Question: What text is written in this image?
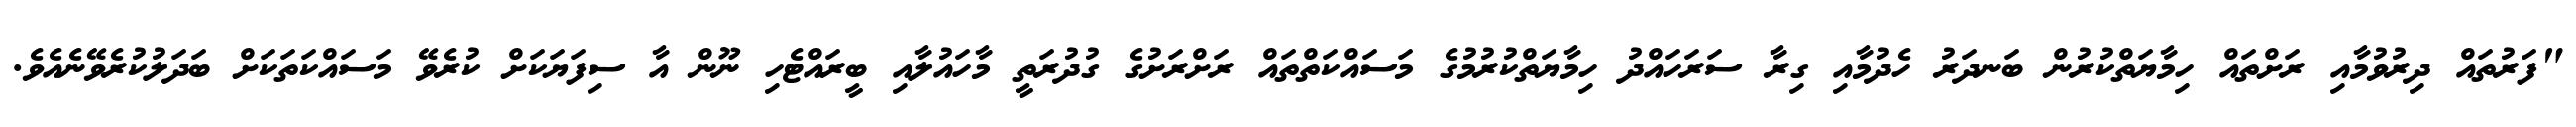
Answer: "ފަރުތައް ދިރުވުމާއި ރަށްތައް ހިމާޔަތްކުރުން ބަނދަރު ހެދުމާއި ގިރާ ސަރަހައްދު ހިމާޔަތްކުރުމުގެ މަސައްކަތްތައް ރަށްރަށުގެ ގުދުރަތީ މާހައުލާއި ބީރައްޓެހި ނޫން އާ ސިފަޔަކަށް ކުރެވޭ މަސައްކަތަކަށް ބަދަލުކުރެވޭނެއެވެ.